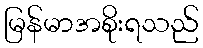
မြန်မာအစိုးရသည်